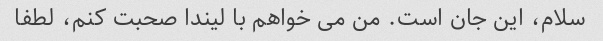
سلام، این جان است. من می خواهم با لیندا صحبت کنم، لطفا